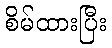
စိမ်ထားပြီး